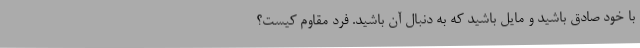
با خود صادق باشید و مایل باشید که به دنبال آن باشید. فرد مقاوم کیست؟